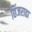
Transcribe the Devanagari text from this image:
छिंजराढा